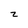
Character: 2